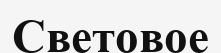
Световое